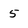
Character: 5